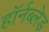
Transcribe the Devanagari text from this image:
हॉर्नब्लेड